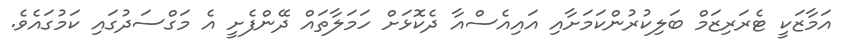
އަމާޒަކީ ޓެރަރިޒަމް ބަލިކުރުންކަމަށާއި އައިއެސްއާ ދެކޮޅަށް ހަމަލާތައް ދޭންފެށީ އެ މަގްސަދުގައި ކަމުގައެވެ.